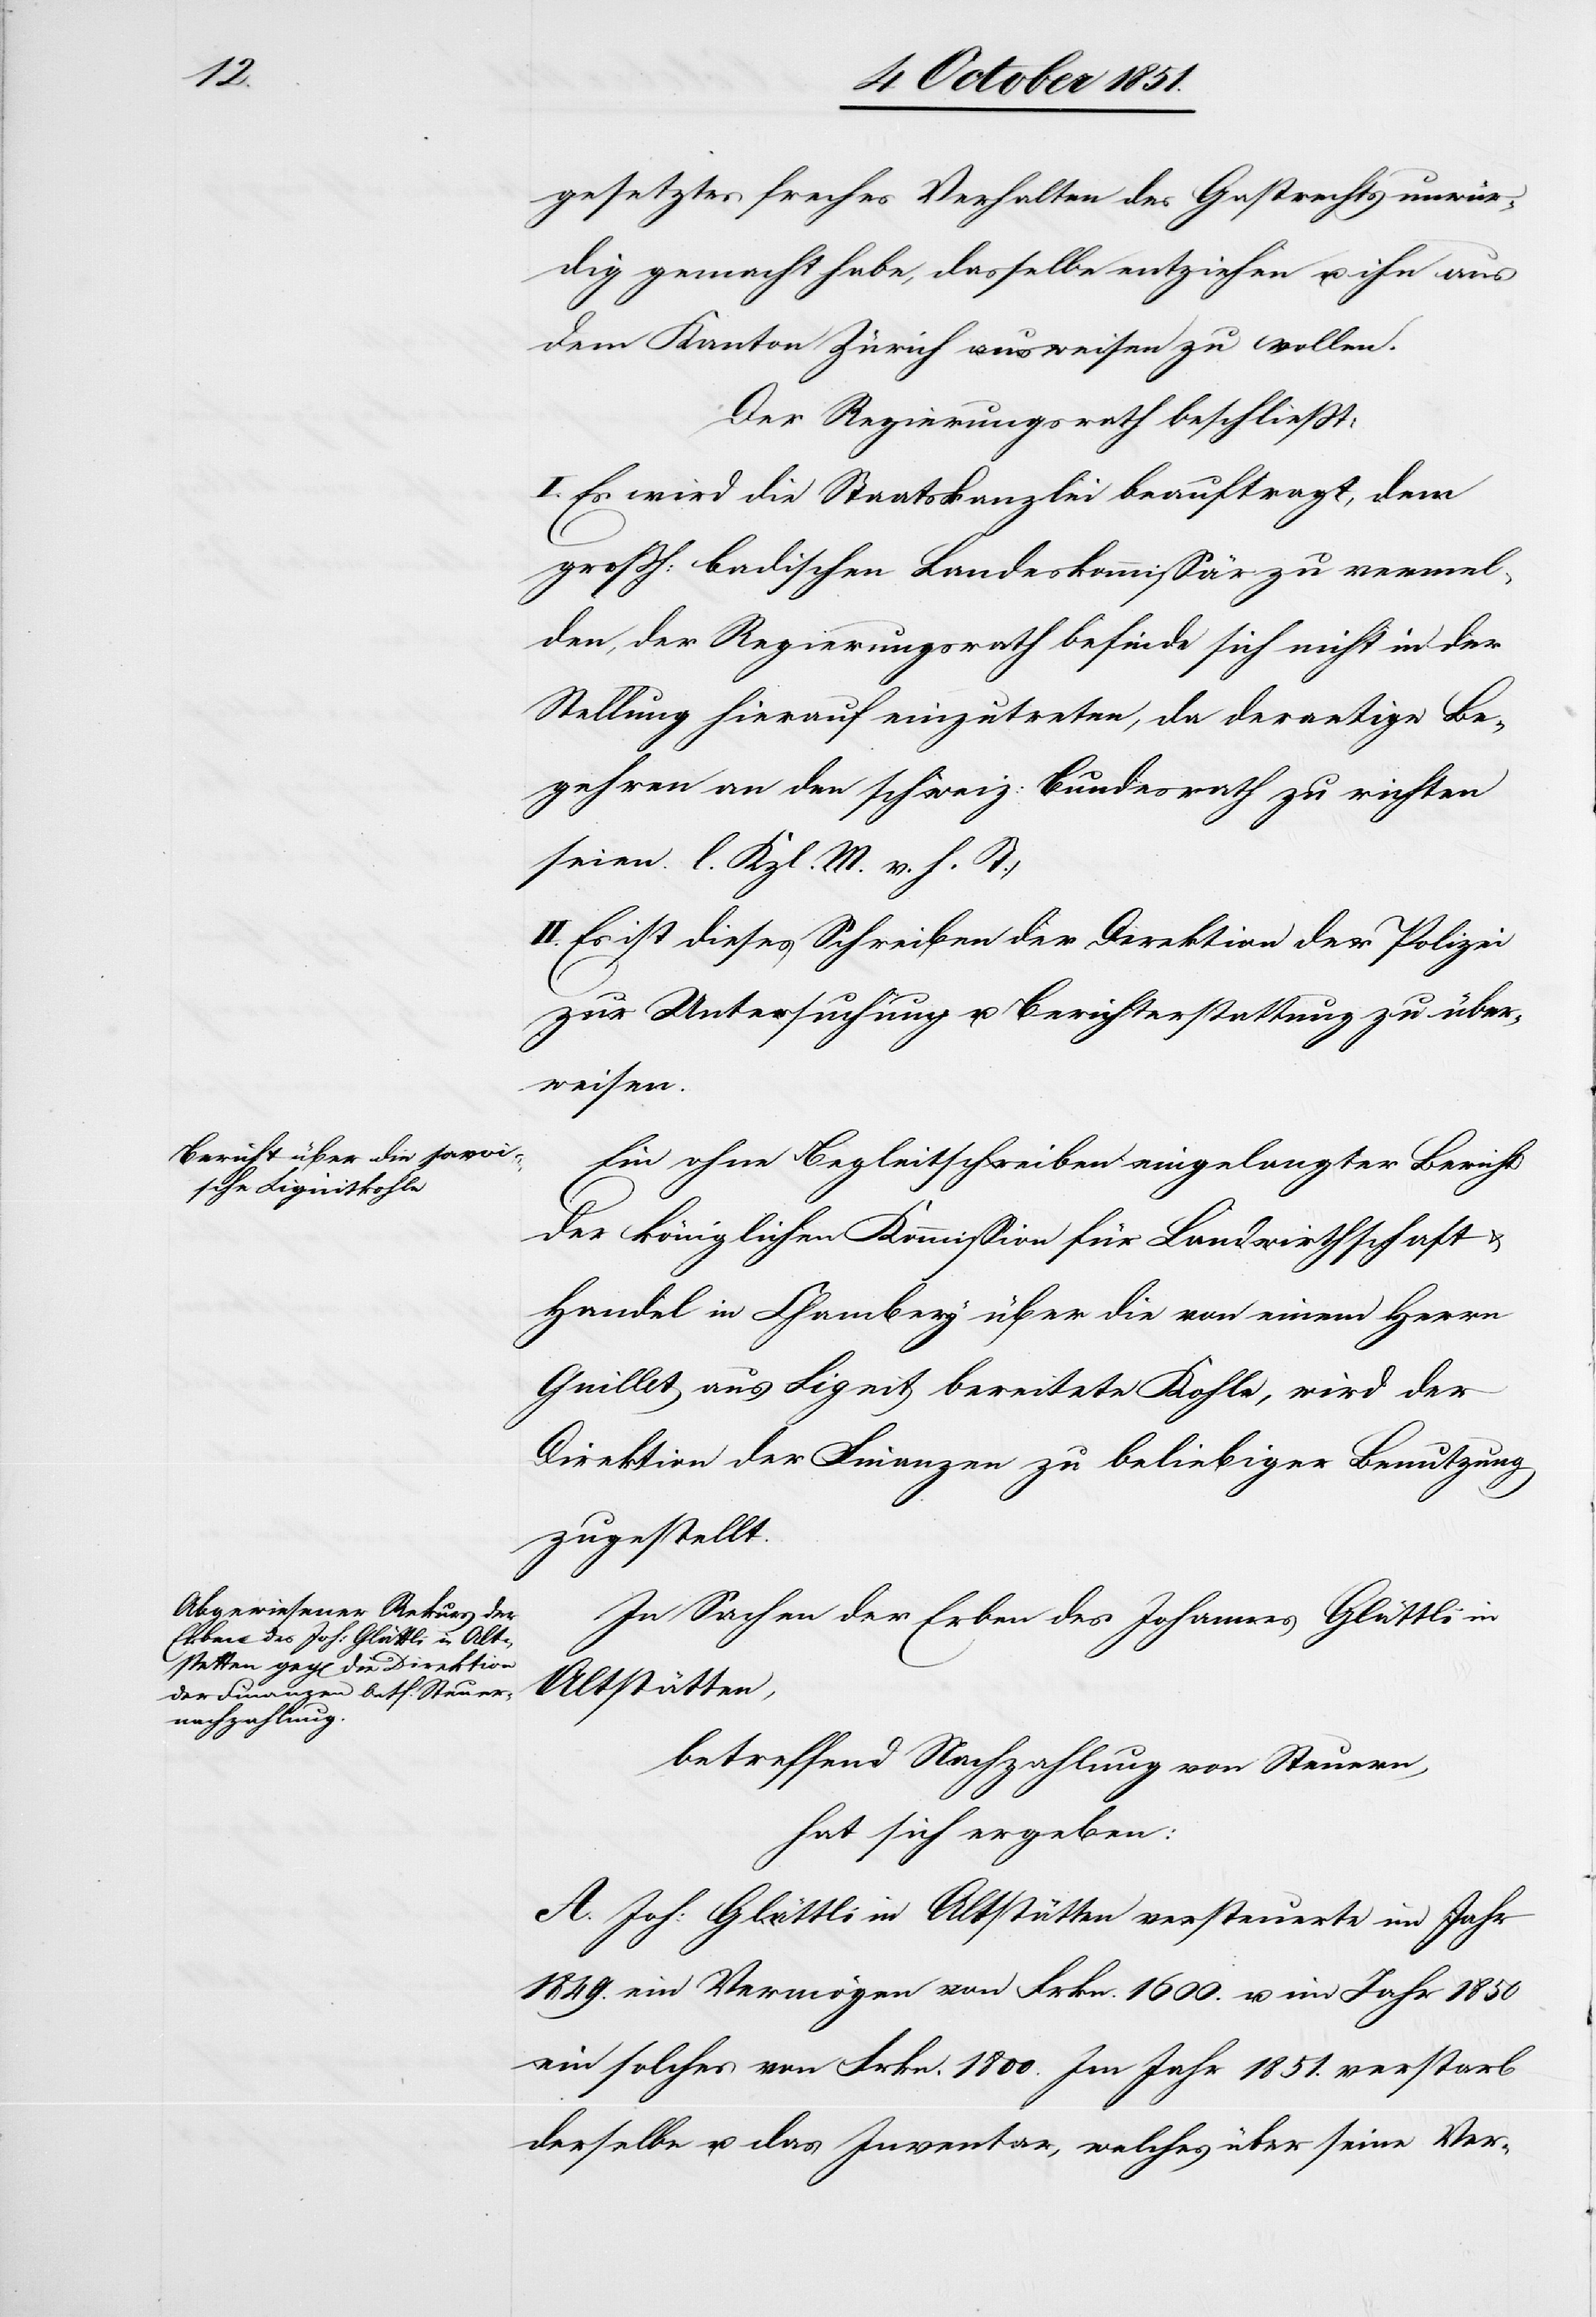
gesetztes freches Verhalten des Gastrechts unwür¬
dig gemacht habe, dasselbe entziehen u. ihn aus
dem Kanton Zürich ausweisen zu wollen.
Der Regierungsrath beschließt:
I. Es wird die Staatskanzlei beauftragt, dem
großh: badischen Landeskommissär zu vermel¬
den, der Regierungsrath befinde sich nicht in der
Stellung hierauf einzutreten, da derartige Be¬
gehren an den schweiz: Bundesrath zu richten
seien. [(]l. Kzl. M. v. h. T.)
II. Es ist dieses Schreiben der Direktion der Polizei
zur Untersuchung u. Berichterstattung zu über¬
weisen.
Ein ohne Begleitschreiben eingelangter Bericht
der königlichen Kommission für Landwirthschaft &
Handel in Chambery über die von einem Herrn
Guillet aus Lignit bereitete Kohle, wird der
Direktion der Finanzen zu beliebiger Benutzung
zugestellt.
In Sachen der Erben des Johannes Glättli in
Altstätten,
betreffend Nachzahlung von Steuern,
hat sich ergeben:
A. Joh: Glättli in Altstätten versteuerte im Jahr
1849. ein Vermögen von Frkn. 1600. u. im Jahr 1850
ein solches von Frkn. 1800. Im Jahr 1851. verstarb
derselbe u. das Inventar, welches über seine Ver-